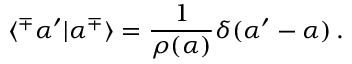
\langle ^ { \mp } \alpha ^ { \prime } | \alpha ^ { \mp } \rangle = \frac { 1 } { \rho ( \alpha ) } \delta ( \alpha ^ { \prime } - \alpha ) \, .